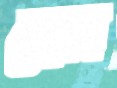
হেবি